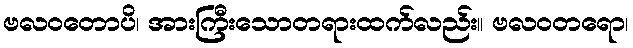
ဗလဝတောပိ၊ အားကြီးသောတရားထက်လည်း။ ဗလဝတရော၊